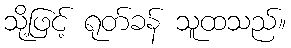
သို့ဖြင့် ရုတ်ခန် သူထသည်။